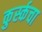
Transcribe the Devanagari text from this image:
कुर्स्कचा